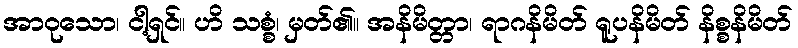
အာဝုသော၊ ငါ့ရှင်။ ဟိ သစ္စံ၊ မှတ်၏။ အနိမိတ္တာ၊ ရာဂနိမိတ် ရူပနိမိတ် နိစ္စနိမိတ်